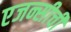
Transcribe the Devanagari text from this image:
एजन्सीची